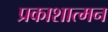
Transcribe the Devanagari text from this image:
प्रकाशात्मन